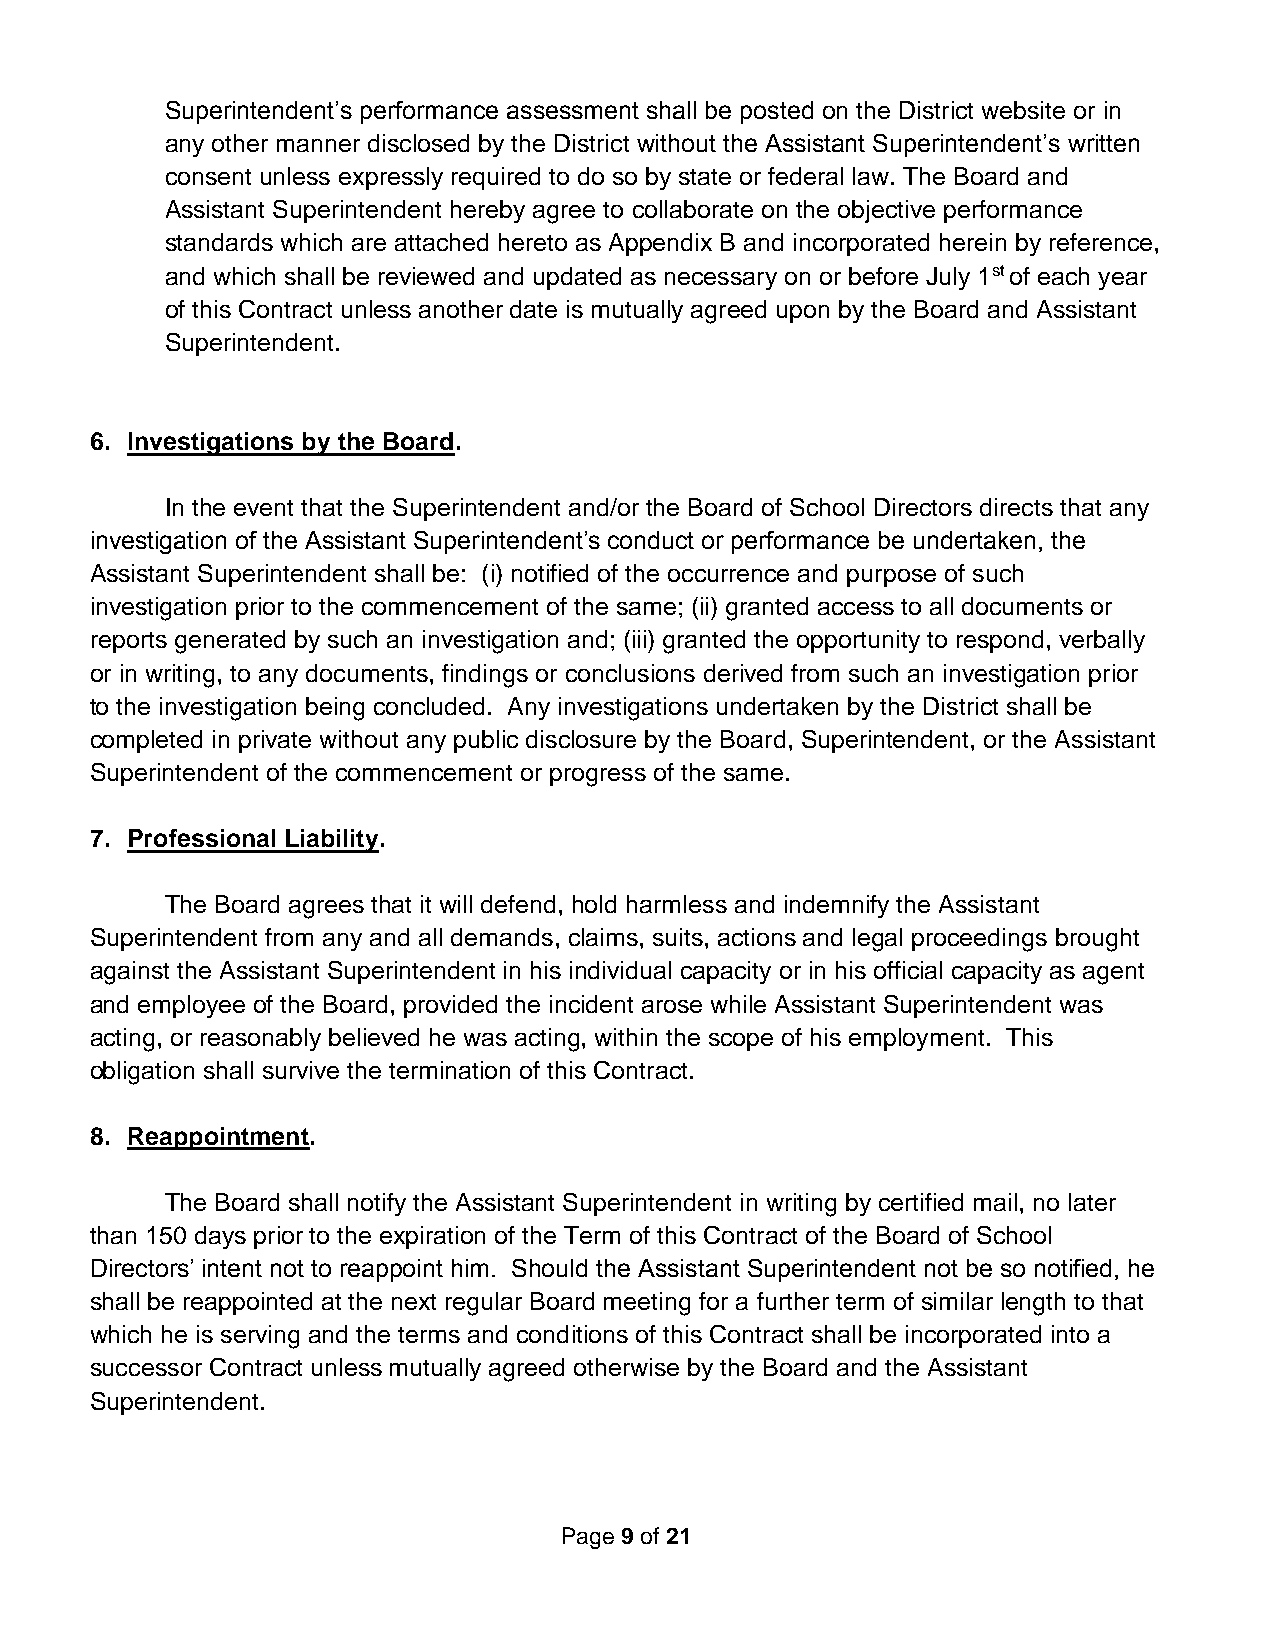
Superintendent’s performance assessment shall be posted on the District website or in
 any other manner disclosed by the District without the Assistant Superintendent’s written
 consent unless expressly required to do so by state or federal law. The Board and
 Assistant Superintendent hereby agree to collaborate on the objective performance
 standards which are attached hereto as Appendix B and incorporated herein by reference,
 and which shall be reviewed and updated as necessary on or before July 1st of each year
 of this Contract unless another date is mutually agreed upon by the Board and Assistant
 Superintendent.
 6. Investigations by the Board.
 In the event that the Superintendent and/or the Board of School Directors directs that any
 investigation of the Assistant Superintendent’s conduct or performance be undertaken, the
 Assistant Superintendent shall be: (i) notified of the occurrence and purpose of such
 investigation prior to the commencement of the same; (ii) granted access to all documents or
 reports generated by such an investigation and; (iii) granted the opportunity to respond, verbally
 or in writing, to any documents, findings or conclusions derived from such an investigation prior
 to the investigation being concluded. Any investigations undertaken by the District shall be
 completed in private without any public disclosure by the Board, Superintendent, or the Assistant
 Superintendent of the commencement or progress of the same.
 7. Professional Liability.
 The Board agrees that it will defend, hold harmless and indemnify the Assistant
 Superintendent from any and all demands, claims, suits, actions and legal proceedings brought
 against the Assistant Superintendent in his individual capacity or in his official capacity as agent
 and employee of the Board, provided the incident arose while Assistant Superintendent was
 acting, or reasonably believed he was acting, within the scope of his employment. This
 obligation shall survive the termination of this Contract.
 8. Reappointment.
 The Board shall notify the Assistant Superintendent in writing by certified mail, no later
 than 150 days prior to the expiration of the Term of this Contract of the Board of School
 Directors’ intent not to reappoint him. Should the Assistant Superintendent not be so notified, he
 shall be reappointed at the next regular Board meeting for a further term of similar length to that
 which he is serving and the terms and conditions of this Contract shall be incorporated into a
 successor Contract unless mutually agreed otherwise by the Board and the Assistant
 Superintendent.
 Page 9 of 21